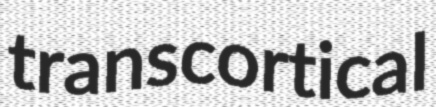
transcortical